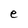
Character: e